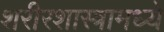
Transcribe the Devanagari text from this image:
शरीरशास्त्रामध्ये